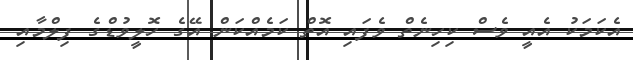
އެކަމަކު އެއީ ވެސް ކިހިނެތް ވެފައި އޮތް ކަމެއްކަން އޭގެ ހޮލީވުޑްގެ ފިލްމާއި